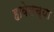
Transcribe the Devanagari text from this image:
हावेलच्या